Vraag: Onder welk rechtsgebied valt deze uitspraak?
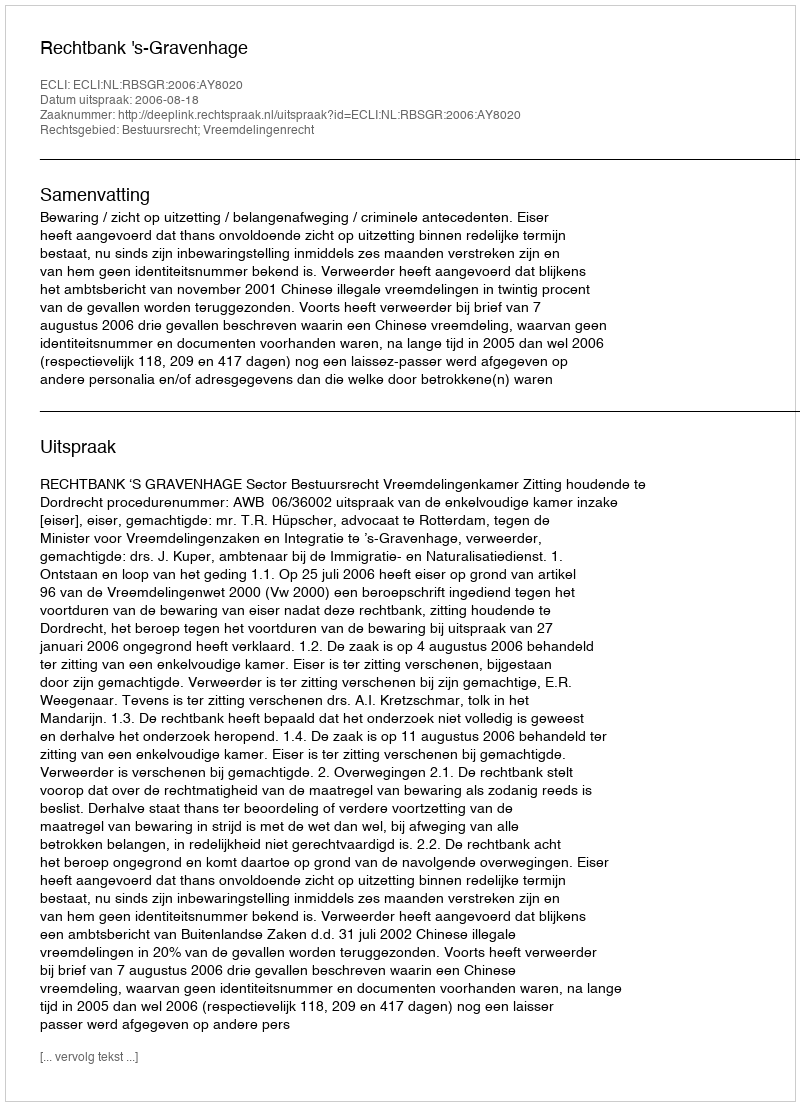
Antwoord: Bestuursrecht; Vreemdelingenrecht